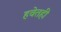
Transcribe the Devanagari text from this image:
हवेतही